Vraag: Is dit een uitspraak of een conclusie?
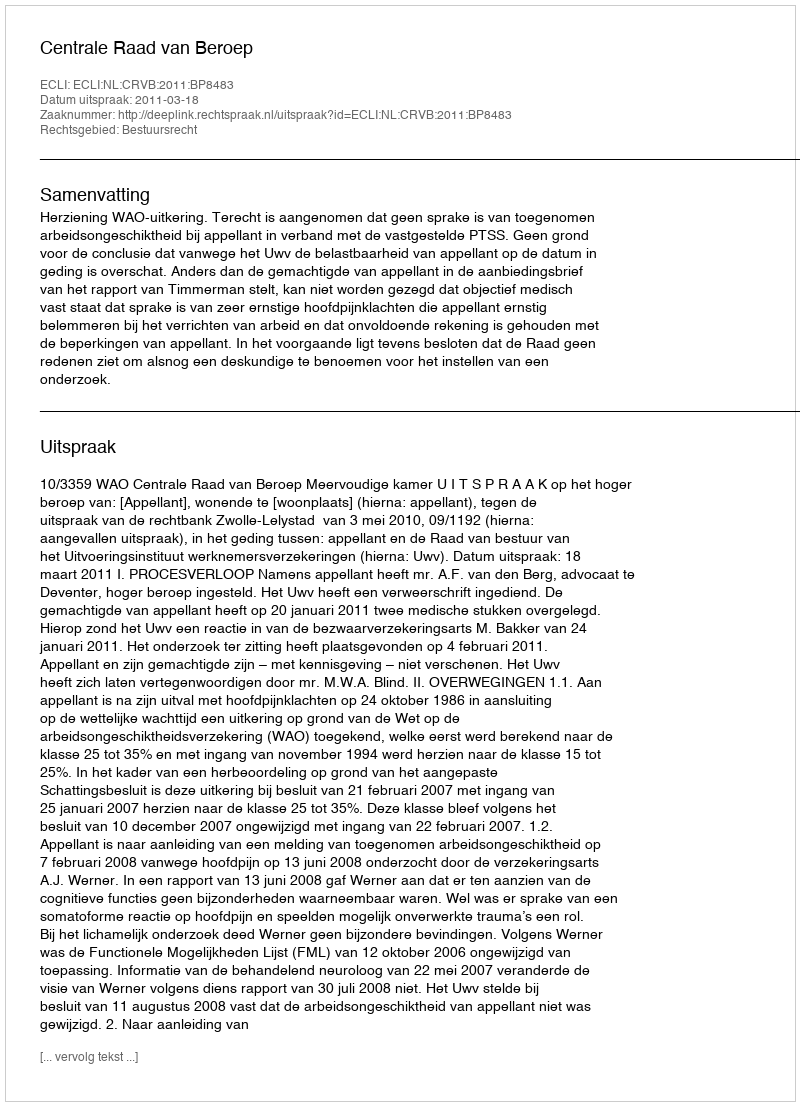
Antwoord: Uitspraak